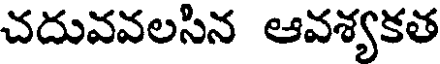
చదువవలసిన ఆవశ్యకత